Indian journal of veterinary science and animal husbandry - Volume 3,
Year: 1933
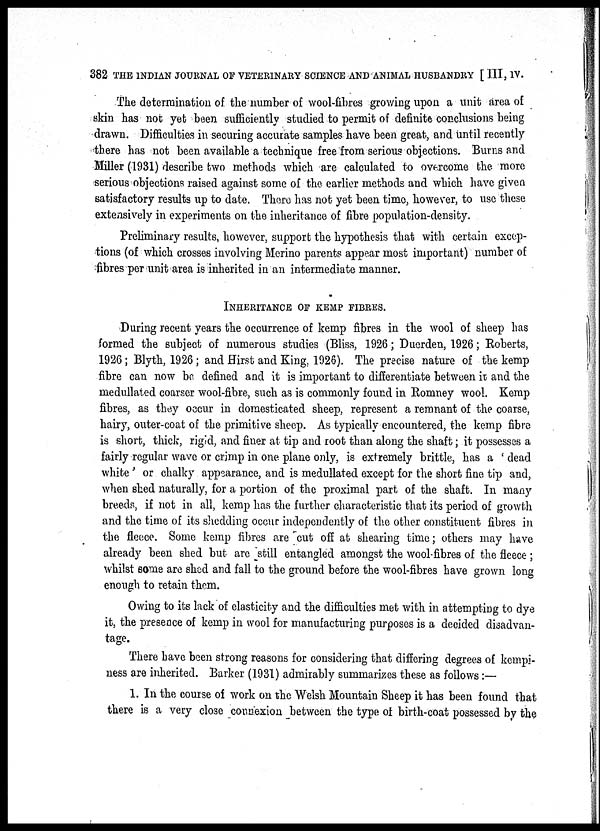
382 THE INDIAN JOURNAL OF VETERINARY SCIENCE AND ANIMAL HUSBANDRY [ III, IV.
The determination of the number of wool-fibres growing upon a unit area of
skin has not yet been sufficiently studied to permit of definite conclusions being
drawn. Difficulties in securing accurate samples have been great, and until recently
there has not been available a technique free from serious objections. Burns and
Miller (1931) describe two methods which are calculated to overcome the more
serious objections raised against some of the earlier methods and which have given
satisfactory results up to date. There has not- yet been time, however, to use these
extensively in experiments on the inheritance of fibre population-density.
Preliminary results, however, support the hypothesis that with certain excep-
tions (of which crosses involving Merino parents appear most important) number of
fibres per unit area is inherited in an intermediate manner.
INHERITANCE OF KEMP FIBRES.
During recent years the occurrence of kemp fibres in the wool of sheep has
formed the subject of numerous studies (Bliss, 1926 ; Duerden, 1926; Roberts,
1926; Blyth, 1926 ; and Hirst and King, 1926). The precise nature of the kemp
fibre can now be defined and it is important to differentiate between it. and the
medullated coarser wool-fibre, such as is commonly found in Romney wool. Kemp
fibres, as they occur in domesticated sheep, represent a remnant of the coarse,
hairy, outer-coat of the primitive sheep. As typically encountered, the kemp fibre
is short, thick, rigid, and finer at tip and root than along the shaft; it possesses a
fairly regular wave or crimp in one plane only, is extremely brittle, has a ' dead
white' or chalky appearance, and is medullated except for the short fine tip and,
when shed naturally, for a portion of the proximal part of the shaft. In many
breeds, if not in all, kemp has the further characteristic that its period of growth
and the time of its shedding occur independently of the other constituent fibres in
the fleece. Some kemp fibres are "cut off at shearing time; others may have
already been shed but are "still entangled amongst the wool-fibres of the fleece ;
whilst some are shed and fall to the ground before the wool-fibres have grown long
enough to retain them.
Owing to its lack of elasticity and the difficulties met with in attempting to dye
it, the presence of kemp in wool for manufacturing purposes is a decided disadvan-
tage. There have been strong reasons for considering that differing degrees of kempi¬
ness are inherited. Barker (1931) admirably summarizes these as follows :—
1. In the course of work on the Welsh Mountain Sheep it has been found that
there is a very close connexion between the type of birth-coat possessed by the